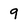
Character: 9